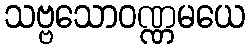
သဗ္ဗသောဝဏ္ဏမယေ